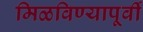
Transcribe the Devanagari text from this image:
मिळविण्यापूर्वी